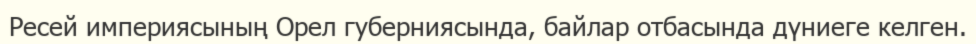
Ресей империясының Орел губерниясында, байлар отбасында дүниеге келген.